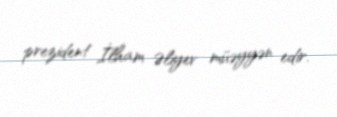
prezident İlham Əliyev müəyyən edir.